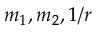
m _ { 1 } , m _ { 2 } , 1 / r